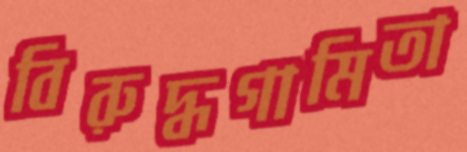
বিরুদ্ধগামিতা